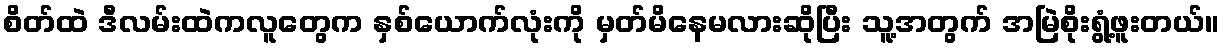
စိတ်ထဲ ဒီလမ်းထဲကလူတွေက နှစ်ယောက်လုံးကို မှတ်မိနေမလားဆိုပြီး သူ့အတွက် အမြဲစိုးရွံ့ဖူးတယ်။